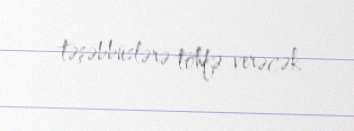
təşəbbüslərə töhfə verəcək.